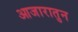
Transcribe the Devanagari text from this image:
आजारातुन